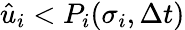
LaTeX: \hat{u}_{i}<P_{i}(\sigma_{i},\Delta t)